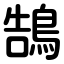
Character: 鵠